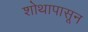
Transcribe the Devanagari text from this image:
शोथापासून